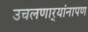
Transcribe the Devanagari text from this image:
उचलणार्‍यांनापण